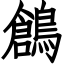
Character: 鶬